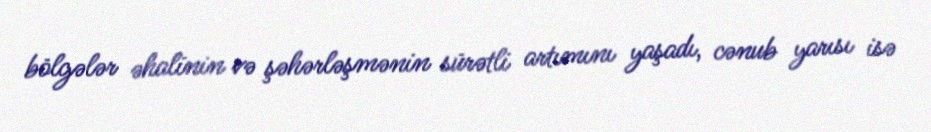
bölgələr əhalinin və şəhərləşmənin sürətli artımını yaşadı, cənub yarısı isə